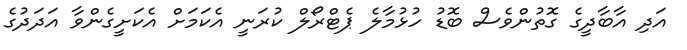
އަދި އާބާދީގެ ގޮތުންވެސް ބޮޑު ހުޅުމާލެ ޕެޓްރޯލް ކުރަނީ އެކަމަށް އެކަށީގެންވާ އަދަދުގެ